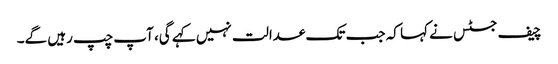
چیف جسٹس نے کہا کہ جب تک عدالت نہیں کہے گی، آپ چپ رہیں گے۔